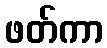
ဖတ်ကာ